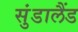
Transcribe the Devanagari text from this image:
सुंडालैंड